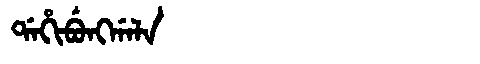
Manchu: ᡩᠠᡥᡳᠪᡠᠩᡤᠠᠯᠠ
Romanization: DAHIBUNGGALA